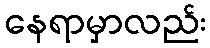
နေရာမှာလည်း